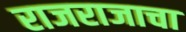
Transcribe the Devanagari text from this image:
राजराजाचा